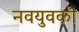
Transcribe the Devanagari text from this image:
नवयुवकी